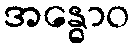
အန္ဓောဝ